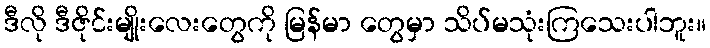
ဒီလို ဒီဇိုင်းမျိုးလေးတွေကို မြန်မာ တွေမှာ သိပ်မသုံးကြသေးပါဘူး။